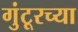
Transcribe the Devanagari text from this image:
गुंटूरच्या